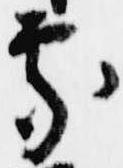
処